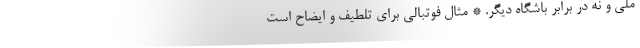
ملی و نه در برابر باشگاه دیگر. * مثال فوتبالی برای تلطیف و ایضاح است